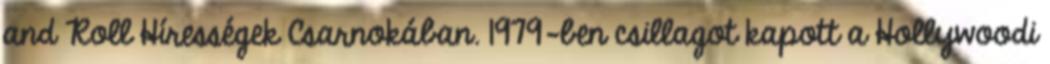
and Roll Hírességek Csarnokában. 1979-ben csillagot kapott a Hollywoodi